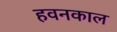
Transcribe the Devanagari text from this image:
हवनकाल